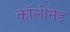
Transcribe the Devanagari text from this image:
कॉलोनेड